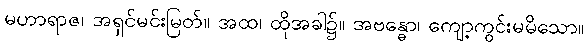
မဟာရာဇ၊ အရှင်မင်းမြတ်။ အထ၊ ထိုအခါ၌။ အဗန္ဓော၊ ကျော့ကွင်းမမိသော။